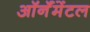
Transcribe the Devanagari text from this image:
ऑर्नॅमेंटल